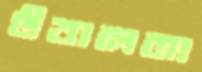
উত্তালতা